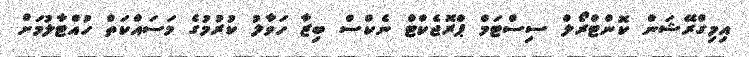
އިމިގްރޭޝަން ކޮންޓްރޯލް ސިސްޓަމް ޕްރޮޖެކްޓް ނެކްސް ބިޒާ ހަވާލު ކުރުމުގެ މަސައްކަތް ހުއްޓާލުމަށް